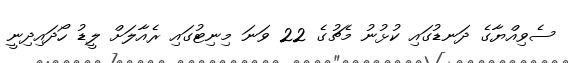
ސެވިއްޔާގެ ދަނޑުގައި ކުޅުނު މެޗުގެ 22 ވަނަ މިނިޓުގައި ރެއާލަަށް ލީޑު ހޯދައިދިނީ